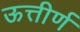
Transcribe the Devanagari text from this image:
ऊत्तीर्ण